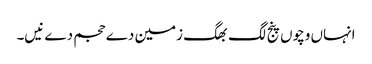
انہاں وچو‏ں پنج لگ بھگ زمین دے حجم دے نیں۔